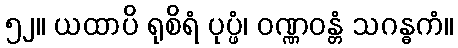
၅၂။ ယထာပိ ရုစိရံ ပုပ္ဖံ၊ ဝဏ္ဏဝန္တံ သဂန္ဓကံ။